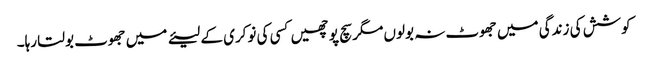
کوشش کی زندگی میں جھوٹ نہ بولوں مگر سچ پوچھیں کسی کی نوکری کے لیئے میں جھوٹ بولتا رہا۔